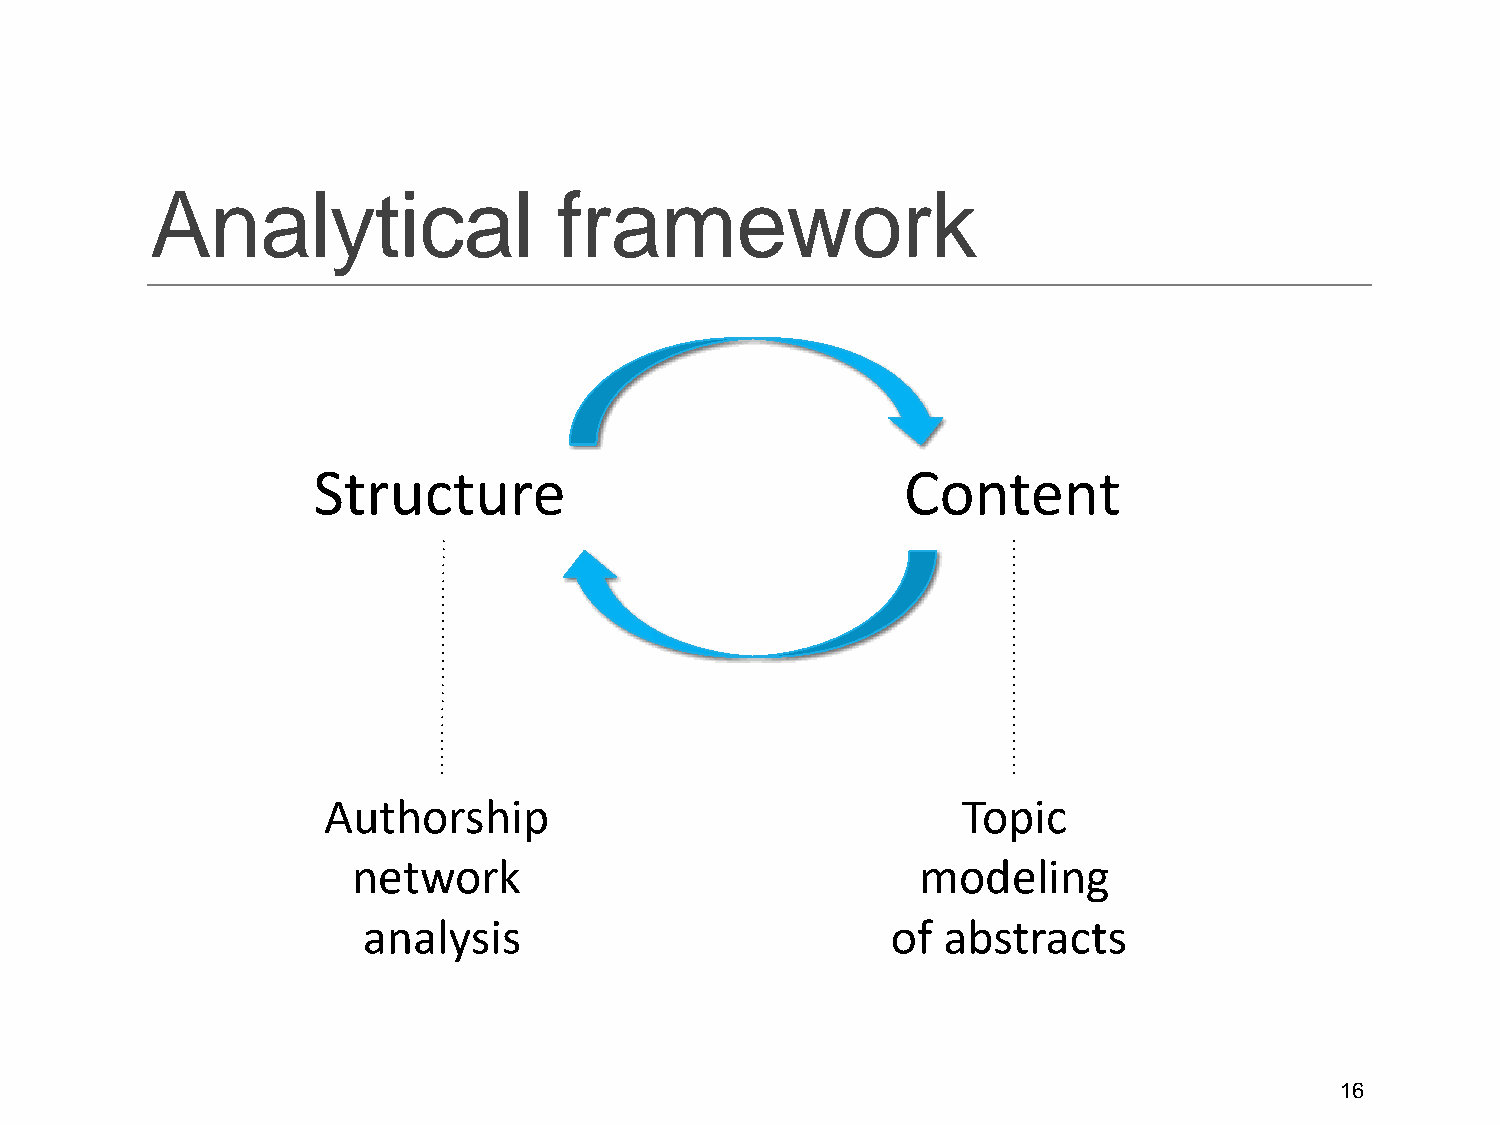
Analytical                 framework
 Structure                              Content
 Authorship                                 Topic
 network                               modeling
 analysis                           of abstracts
 16